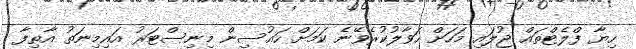
ހިޔާ ފްލެޓްތައް ޖުލައި މަހަށް ހަވާލުކުރެވޭނެ ކަމަށް ހައުސިން މިނިސްޓަރު އައިމިނަތު އާތިފާ